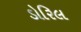
ડોરિલ